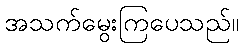
အသက်မွေးကြပေသည်။